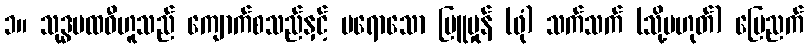
၁။ သုဒ္ဓပထဝီဟူသည် ကျောက်စသည်နှင့် မရောသော မြူမှုန် (ဖုံ) သက်သက် (သို့မဟုတ်) မြေညက်